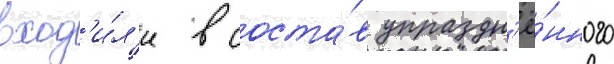
вход'и́л'и в соста́в упраздн'ё́нного